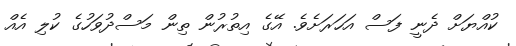
ކުއްޔަށް ދެނީ ފަސް އަހަރަށެވެ. އޭގެ އިތުރުން ތިން މަސްދުވަހުގެ ކުލި އެއް